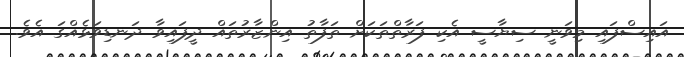
އައިސްފައި މިވަނީ ސިޔާސީ އެކި ފަރާތްތަކަށް ތަފާތު އިންޒާރުތައް ދީފައިވާ ދަނޑިވަޅެއްގަ އެވެ.